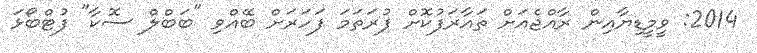
2014: ވީމީޑިޔާއިން ރާއްޖެއަށް ތައާރަފުކޮށް ފުރަތަމަ ފަހަރަށް ބޭއްވި "ބަބްލް ސޮކާ" ފުޓްބޯޅަ